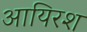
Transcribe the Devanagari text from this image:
आयिरश